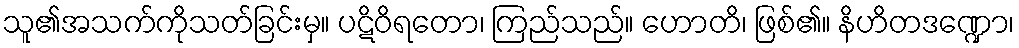
သူ၏အသက်ကိုသတ်ခြင်းမှ။ ပဋိဝိရတော၊ ကြည်သည်။ ဟောတိ၊ ဖြစ်၏။ နိဟိတဒဏ္ဍော၊